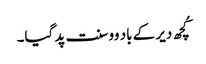
کُچھ دیر کے باد وو سنت پد گیا۔